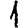
Digit: 1